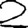
Digit: 2